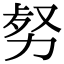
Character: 𠡹